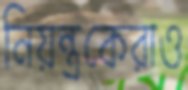
নিয়ন্ত্রকেরাও